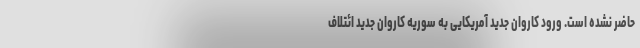
حاضر نشده است. ورود کاروان جدید آمریکایی به سوریه کاروان جدید ائتلاف